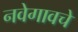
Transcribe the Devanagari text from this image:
नवेगावचे